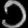
Digit: ၁